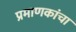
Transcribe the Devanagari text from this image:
प्रमाणकांचा